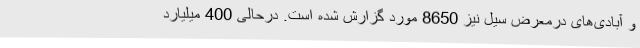
و آبادی‌های درمعرض سیل نیز 8650 مورد گزارش شده است. درحالی 400 میلیارد